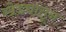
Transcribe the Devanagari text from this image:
खेड्यांतून